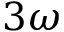
3 \omega